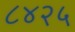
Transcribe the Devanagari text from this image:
८४२५